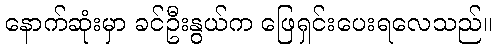
နောက်ဆုံးမှာ ခင်ဦးနွယ်က ဖြေရှင်းပေးရလေသည်။